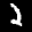
Label: 2